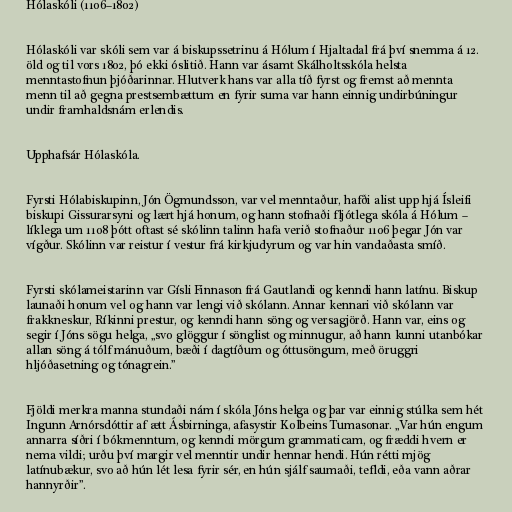
Hólaskóli (1106–1802)

Hólaskóli var skóli sem var á biskupssetrinu á Hólum í Hjaltadal frá því snemma á 12.
öld og til vors 1802, þó ekki óslitið. Hann var ásamt Skálholtsskóla helsta
menntastofnun þjóðarinnar. Hlutverk hans var alla tíð fyrst og fremst að mennta
menn til að gegna prestsembættum en fyrir suma var hann einnig undirbúningur
undir framhaldsnám erlendis.

Upphafsár Hólaskóla.

Fyrsti Hólabiskupinn, Jón Ögmundsson, var vel menntaður, hafði alist upp hjá Ísleifi
biskupi Gissurarsyni og lært hjá honum, og hann stofnaði fljótlega skóla á Hólum –
líklega um 1108 þótt oftast sé skólinn talinn hafa verið stofnaður 1106 þegar Jón var
vígður. Skólinn var reistur í vestur frá kirkjudyrum og var hin vandaðasta smíð.

Fyrsti skólameistarinn var Gísli Finnason frá Gautlandi og kenndi hann latínu. Biskup
launaði honum vel og hann var lengi við skólann. Annar kennari við skólann var
frakkneskur, Ríkinni prestur, og kenndi hann söng og versagjörð. Hann var, eins og
segir í Jóns sögu helga, „svo glöggur í sönglist og minnugur, að hann kunni utanbókar
allan söng á tólf mánuðum, bæði í dagtíðum og óttusöngum, með öruggri
hljóðasetning og tónagrein.”

Fjöldi merkra manna stundaði nám í skóla Jóns helga og þar var einnig stúlka sem hét
Ingunn Arnórsdóttir af ætt Ásbirninga, afasystir Kolbeins Tumasonar. „Var hún engum
annarra síðri í bókmenntum, og kenndi mörgum grammaticam, og fræddi hvern er
nema vildi; urðu því margir vel menntir undir hennar hendi. Hún rétti mjög
latínubækur, svo að hún lét lesa fyrir sér, en hún sjálf saumaði, tefldi, eða vann aðrar
hannyrðir”.